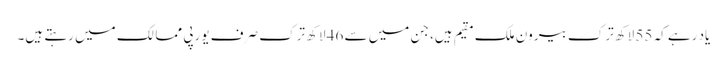
یاد رہے کہ 55 لاکھ ترک بیرون ملک مقیم ہیں، جن میں سے 46 لاکھ ترک صرف یورپی ممالک میں رہتے ہیں۔